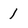
Character: 1